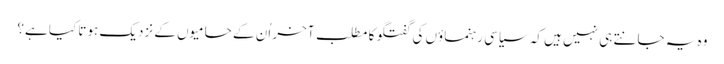
وہ یہ جانتے ہی نہیں ہیں کہ سیاسی رہنماؤں کی گفتگو کا مطلب آخر اُن کے حامیوں کے نزدیک ہوتا کیا ہے؟